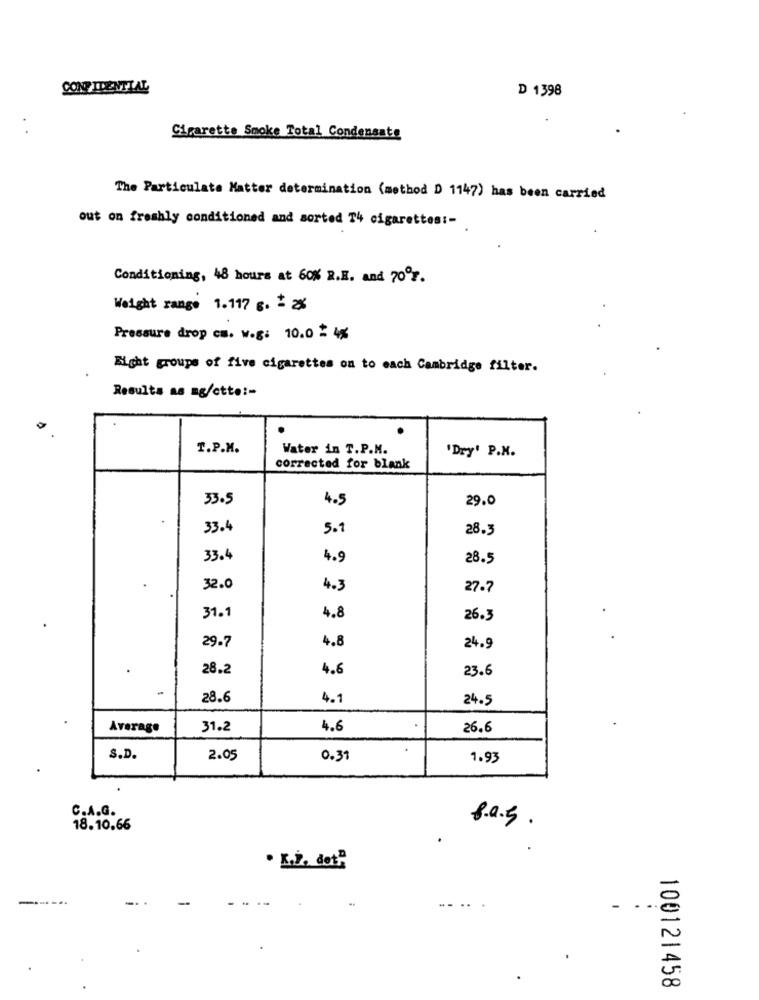
CONFIDENTIAL
D 1398
Cigarette Smoke Total Condensate
The Particulate Matter determination (method D 1147) has been carried
out on freshly conditioned and sorted T4 cigarettes :-
Conditioning, 48 hours at 60% 2.E. and 70%.
Weight range 1.117 g. : 2
Pressure drop cm. W.g: 10.0 £ 4%
Eight groups of five cigarettes on to each Cambridge filter.
Results as mg/ctte :-
T.P.M.
Water in T.P.M.
'Dry' P.N.
corrected for blank
33.5
4.5
29.0
33.4
5.1
28.3
33.4
4.9
28.5
32.0
4.3
27.7
31.1
4.8
26.3
29.7
4.8
24.9
28.2
4.6
23.6
28.6
4.1
24.5
Average
31.2
4.6
.
26.6
S.D.
2.05
0.31
1.93
C.A.G.
18.10.66
8.0.5.
. K.İ, det?
--
...
...
-...
100121458